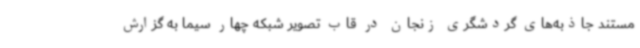
مستند جاذبه‌های گردشگری زنجان در قاب تصویر شبکه چهار سیما به گزارش